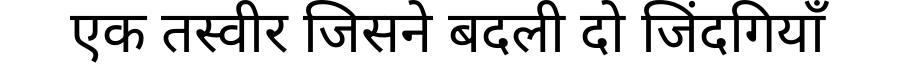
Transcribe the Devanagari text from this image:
एक तस्वीर जिसने बदली दो जिंदगियाँ